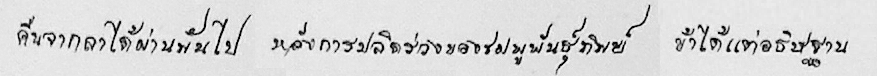
คืนจากลาได้ผ่านพ้นไป หลังการปลิดร่วงของชมพูพันธุ์ทิพย์ ข้าได้แต่อธิษฐาน